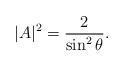
LaTeX: \begin{align*}|A|^{2}=\frac{2}{\sin^{2}\theta}.\end{align*}